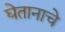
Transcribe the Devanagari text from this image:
घेतानाचे